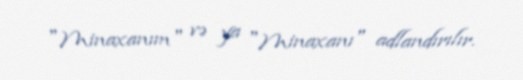
"Minaxanım" və ya "Minaxanı" adlandırılır.